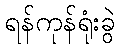
ရန်ကုန်ရုံးခွဲ